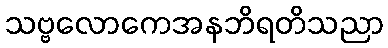
သဗ္ဗလောကေအနဘိရတိသညာ